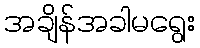
အချိန်အခါမရွေး